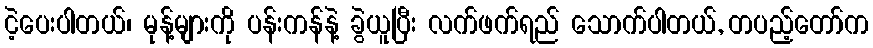
ငဲ့ပေးပါတယ်၊ မုန့်များကို ပန်းကန်နဲ့ ခွဲယူပြီး လက်ဖက်ရည် သောက်ပါတယ်, တပည့်တော်က